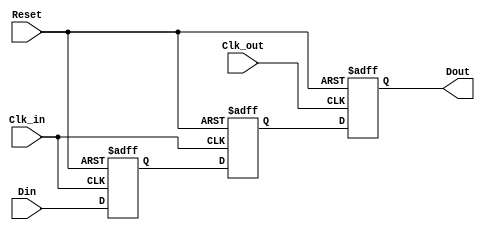
module MemoryBlocksPipelineSynchronizer #(
    parameter DATA_WIDTH = 8,  // Width of the data input/output
    parameter STAGES = 2        // Number of flip-flop stages for metastability protection
)(
    input  wire [DATA_WIDTH-1:0] Din,      // Data input
    input  wire Clk_in,                     // Source clock
    input  wire Clk_out,                    // Destination clock
    input  wire Reset,                       // Asynchronous reset
    output reg  [DATA_WIDTH-1:0] Dout       // Synchronized data output
);

    // Intermediate registers for stages
    reg [DATA_WIDTH-1:0] sync_reg [0:STAGES-1];

    // Synchronization logic for the input data
    integer i;
    always @(posedge Clk_in or posedge Reset) begin
        if (Reset) begin
            sync_reg[0] <= {DATA_WIDTH{1'b0}};
        end else begin
            sync_reg[0] <= Din;  // Sample input data on Clk_in
        end
    end

    // Additional stages to mitigate metastability
    generate
        genvar j;
        for (j = 1; j < STAGES; j = j + 1) begin : sync_stage
            always @(posedge Clk_in or posedge Reset) begin
                if (Reset) begin
                    sync_reg[j] <= {DATA_WIDTH{1'b0}};
                end else begin
                    sync_reg[j] <= sync_reg[j-1];  // Pass data to the next stage
                end
            end
        end
    endgenerate

    // Output logic sampled on the destination clock
    always @(posedge Clk_out or posedge Reset) begin
        if (Reset) begin
            Dout <= {DATA_WIDTH{1'b0}};
        end else begin
            Dout <= sync_reg[STAGES-1];  // Output the last stage data
        end
    end

endmodule